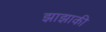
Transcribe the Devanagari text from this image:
झाझाकी